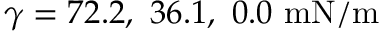
\gamma = 7 2 . 2 , \ 3 6 . 1 , \ 0 . 0 \ \mathrm { m N / m }